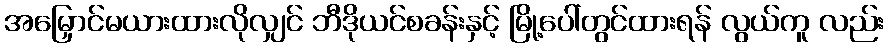
အမြှောင်မယားထားလိုလျှင် ဘီဒိုယင်စခန်းနှင့် မြို့ပေါ်တွင်ထားရန် လွယ်ကူ လည်း